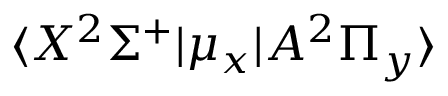
\langle X ^ { 2 } \Sigma ^ { + } | \mu _ { x } | A ^ { 2 } \Pi _ { y } \rangle